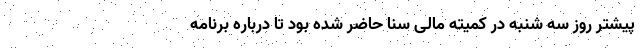
پیشتر روز سه شنبه در کمیته مالی سنا حاضر شده بود تا درباره برنامه